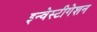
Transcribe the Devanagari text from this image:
इन्वेस्टीगेशन